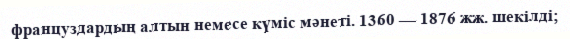
француздардың алтын немесе күміс мәнеті. 1360 — 1876 жж. шекілді;